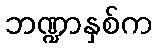
ဘဏ္ဍာနှစ်က